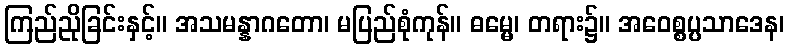
ကြည်ညိုခြင်းနှင့်။ အသမန္နာဂတော၊ မပြည်စုံကုန်။ ဓမ္မေ၊ တရား၌။ အဝေစ္စပ္ပသာဒေန၊